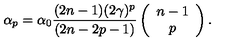
\alpha _ { p } = \alpha _ { 0 } \frac { ( 2 n - 1 ) ( 2 \gamma ) ^ { p } } { ( 2 n - 2 p - 1 ) } \left( \begin{array} { c } { n - 1 } \\ { p } \\ \end{array} \right) .